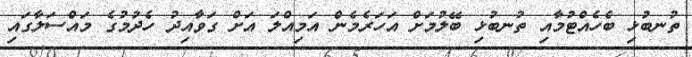
ތުނބުޅި ބެހެއްޓުމާއި ތުނބުޅި ބޭލުމަށް އަހަރެމެން އަމިއްލަ އަށް ގަވާއިދު ހެދުމުގެ މައްސަލާގައި